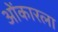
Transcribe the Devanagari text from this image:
ओंकारला